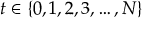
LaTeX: t \in \{ 0 , 1 , 2 , 3 , \ldots , N \}